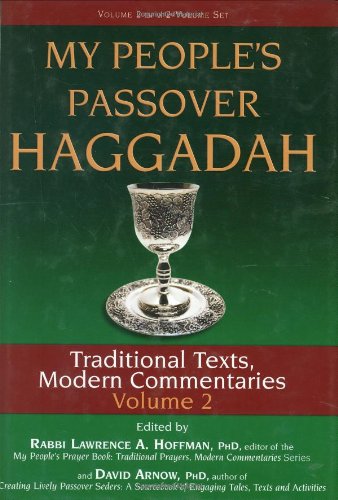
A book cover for My People's Passover Haggadah: Traditional Texts, Modern Commentaries Volume 2; Religion & Spirituality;